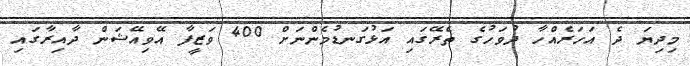
މިދިޔަ ދެ އަހަރެއްހާ ދުވަހުގެ ތެރޭގައި އަޅުގަނޑުމެންނަށް 400 ވަޒީފާ އޭވިއޭޝަން ދާއިރާގައި